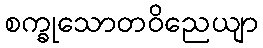
စက္ခုသောတဝိညေယျာ